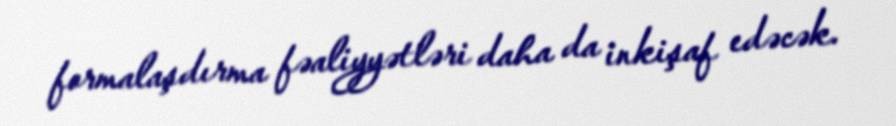
formalaşdırma fəaliyyətləri daha da inkişaf edəcək.